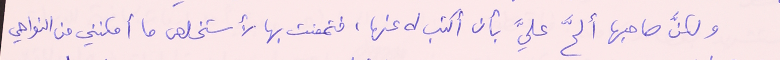
ولكنَّ صاحبها ألحَّ عليَّ بأن أكتب له عنها، فتمعنت بها لأستخلص ما أمكنني من النواحي